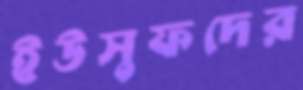
ইউসুফদের